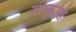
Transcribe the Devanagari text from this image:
संस्कुति